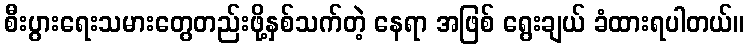
စီးပွားရေးသမားတွေတည်းဖို့နှစ်သက်တဲ့ နေရာ အဖြစ် ရွေးချယ် ခံထားရပါတယ်။